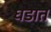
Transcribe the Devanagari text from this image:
घडात